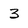
Character: 3